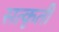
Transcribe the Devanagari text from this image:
सत्कृती